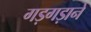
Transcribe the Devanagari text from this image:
गड़गड़ाने